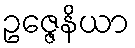
ဥဇ္ဇေနိယာ